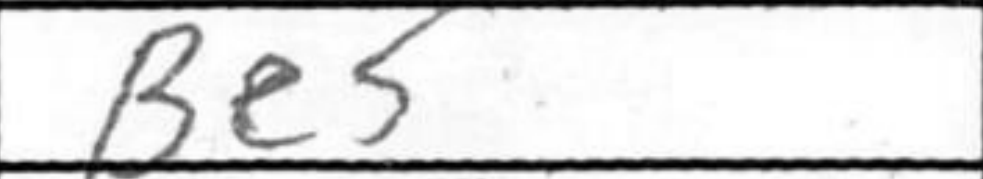
Transcription: Be5